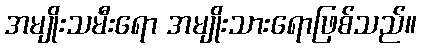
အမျိုးသမီးရော အမျိုးသားရောဖြစ်သည်။